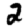
Digit: 2